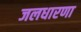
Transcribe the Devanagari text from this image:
जलधारणा